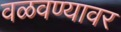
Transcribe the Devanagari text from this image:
वळवण्यावर